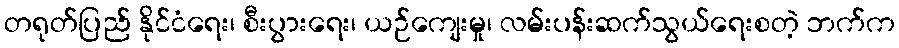
တရုတ်ပြည် နိုင်ငံရေး၊ စီးပွားရေး၊ ယဉ်ကျေးမှု၊ လမ်းပန်းဆက်သွယ်ရေးစတဲ့ ဘက်က